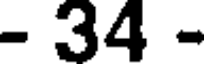
- 34 -